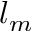
l _ { m }